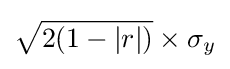
{\sqrt {2(1-|r|)}}\times \sigma _{y}